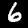
Label: 6